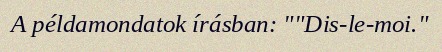
A példamondatok írásban: ""Dis-le-moi."